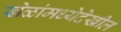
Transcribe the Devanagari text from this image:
खेळांमध्येदेखील